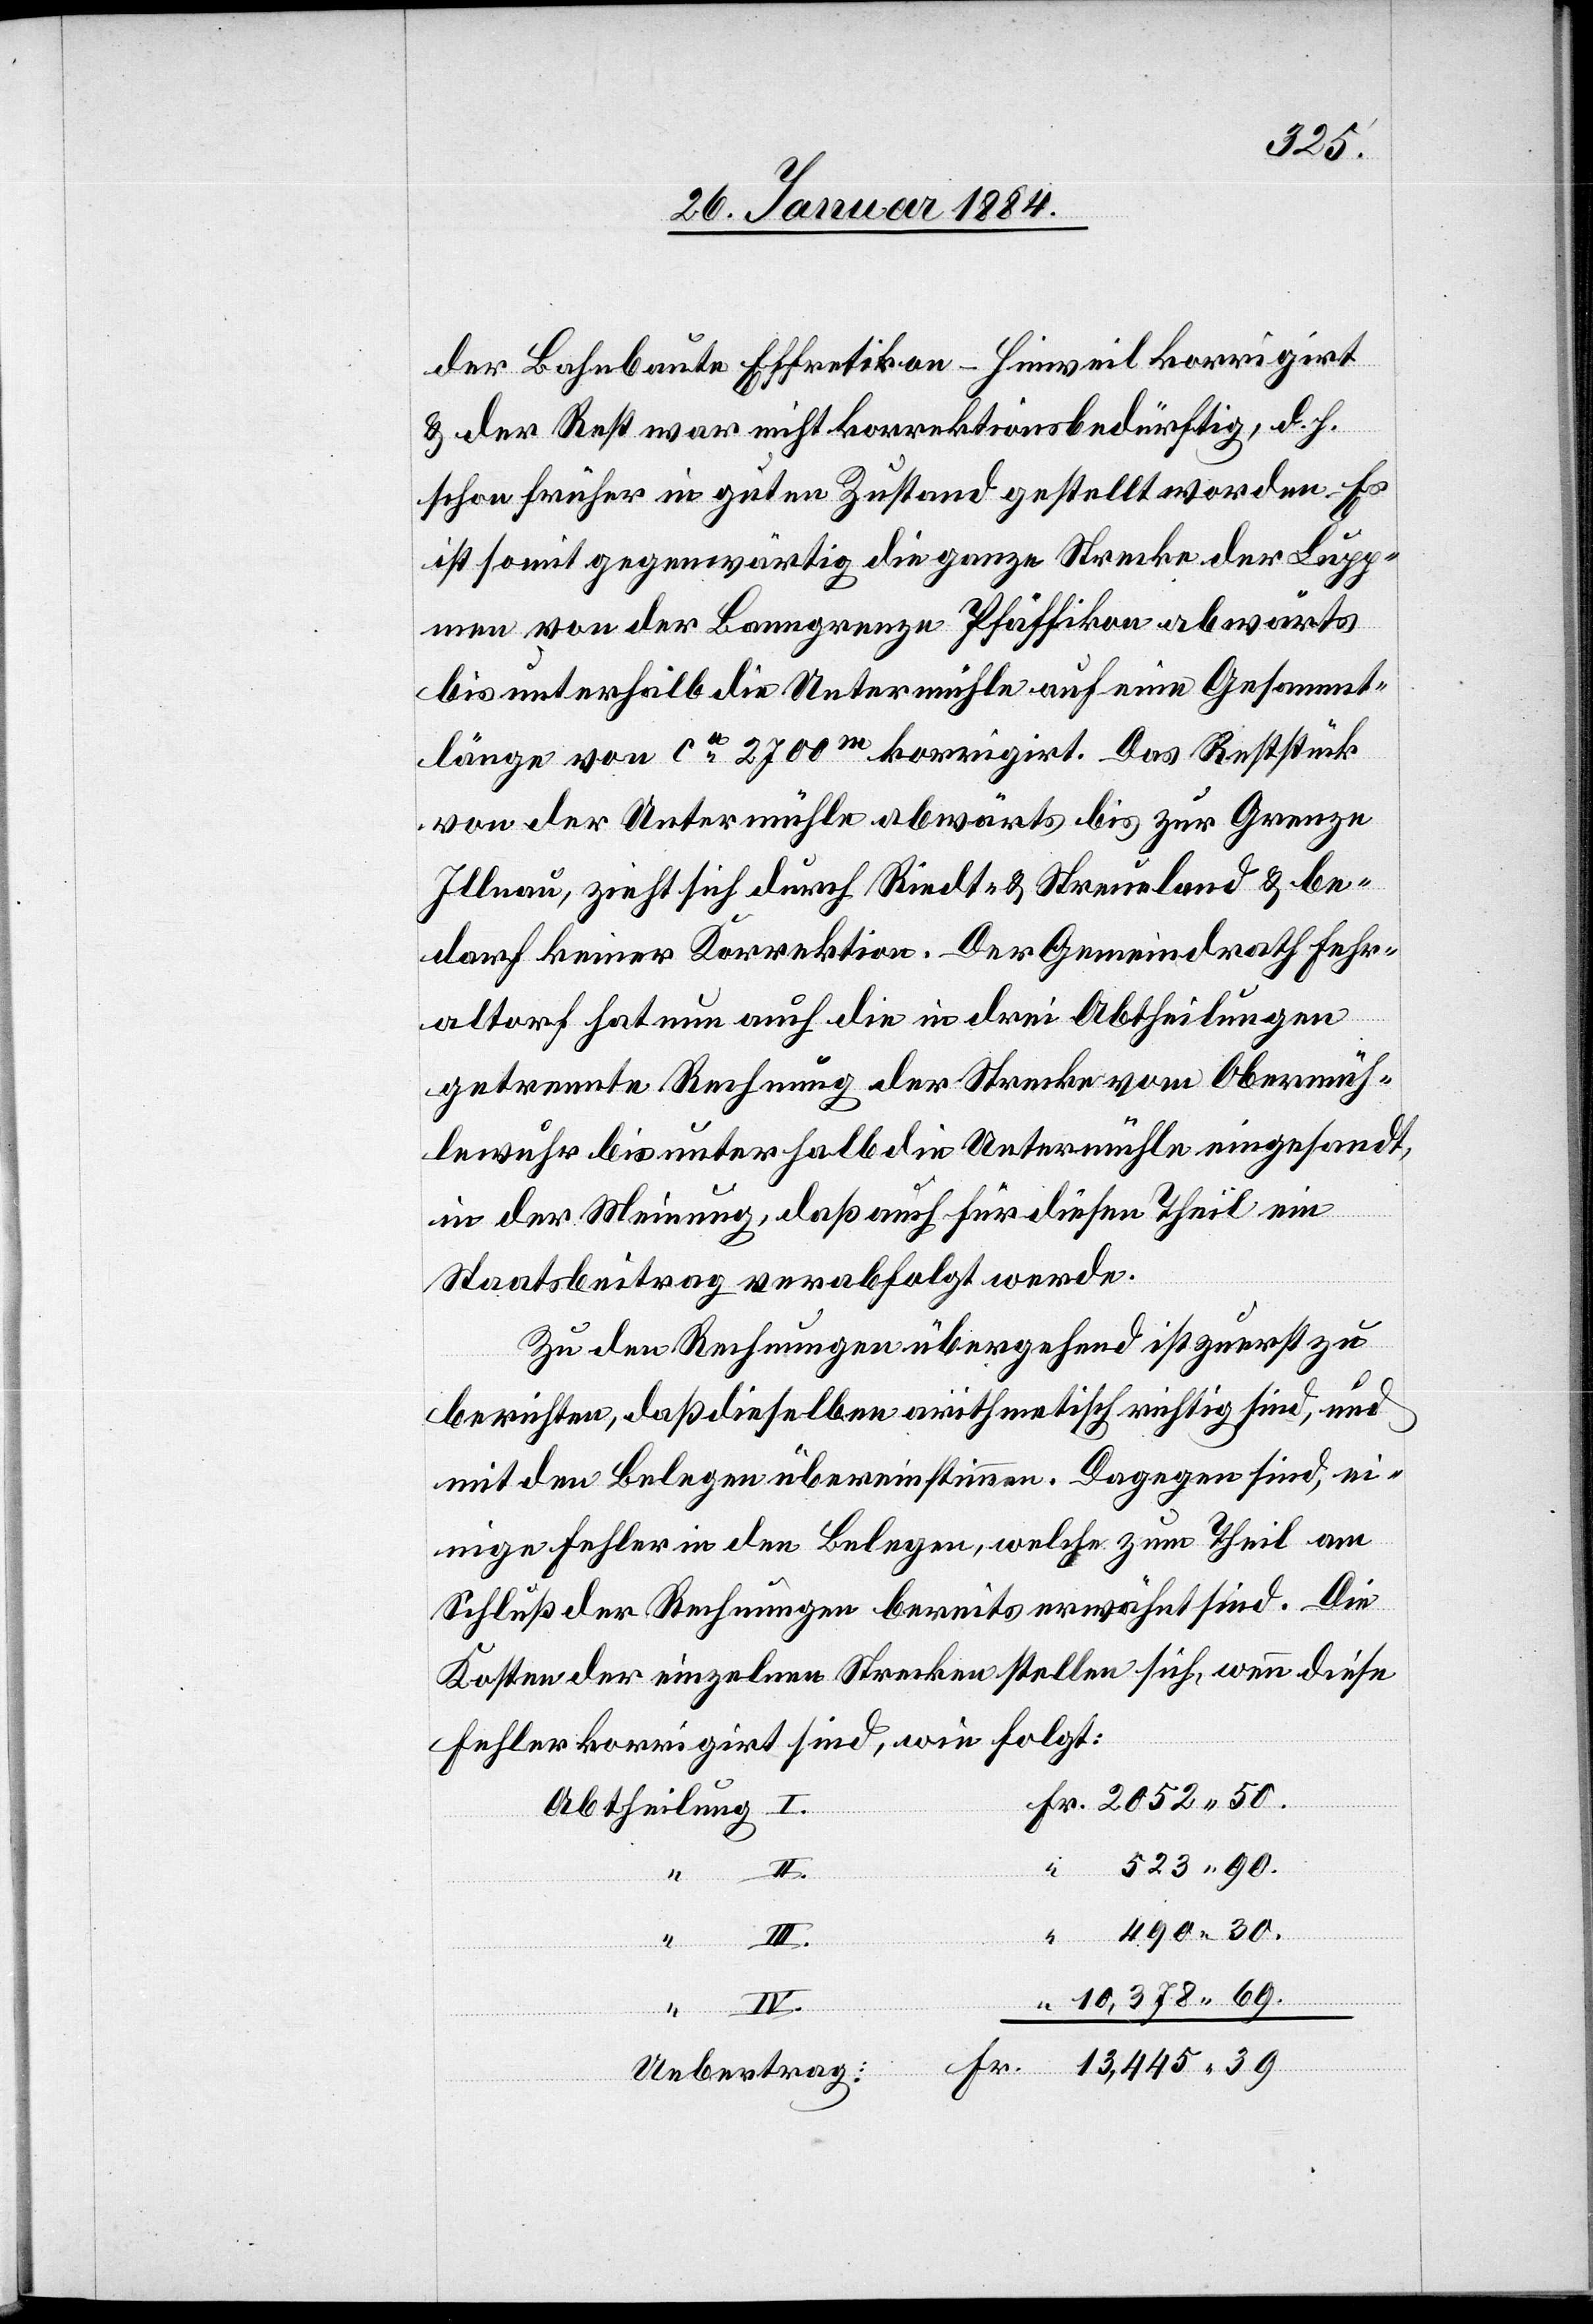
der Bahnbaute Effretikon–Hinweil korrigirt
& der Rest war nicht korrektionsbedürftig, d. h.
schon früher in guten Zustand gestellt worden. Es
ist somit gegenwärtig die ganze Strecke der Lupp¬
men von der Banngrenze Pfäffikon abwärts
bis unterhalb die Untermühle auf eine Gesammt¬
länge von ca 2700m korrigirt. Das Reststück
von der Untermühle abwärts bis zur Grenze
Illnau, zieht sich durch Riedt- & Streuland & be¬
darf keiner Korrektion. Der Gemeindrath Fehr¬
altorf hat nun auch die in drei Abtheilungen
getrennte Rechnung der Strecke vom Obermüh¬
lewuhr bis unterhalb die Untermühle eingesandt,
in der Meinung, daß auch für diesen Theil ein
Staatsbeitrag verabfolgt werde.
Zu den Rechnungen übergehend ist zuerst zu
berichten, daß dieselben arithmetisch richtig sind, und
mit den Belegen übereinstimmen. Dagegen sind ei¬
nige Fehler in den Belegen, welche zum Theil am
Schluß der Rechnungen bereits erwähnt sind. Die
Kosten der einzelnen Strecken stellen sich, wenn diese
Fehler korrigirt sind, wie folgt:
Abtheilung
III.
69.